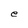
Character: e